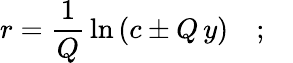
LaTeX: r=\frac{1}{Q}\, \ln\, (c\pm Q\, y)\quad;\quad